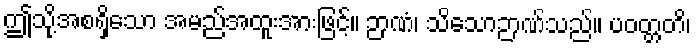
ဤသို့အစရှိသော အမည်အထူးအားဖြင့်။ ဉာဏံ၊ သိသောဉာဏ်သည်။ ပဝတ္တတိ၊